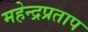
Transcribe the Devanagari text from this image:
महेन्द्रप्रताप